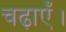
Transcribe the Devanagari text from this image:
चढ़ाएँ।